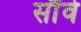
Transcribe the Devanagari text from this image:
सौंवे